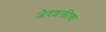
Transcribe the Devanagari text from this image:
जैवशक्तीचा